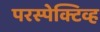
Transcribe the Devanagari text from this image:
परस्पेक्टिव्ह